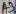
Text: A3